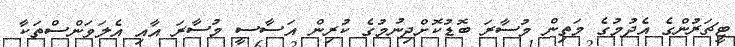
ޓީޗަރުންގެ އެދުމުގެ މަތިން މުސާރަ ބޮޑުކޮށްދިނުމުގެ ކުރިން އަސާސީ މުސާރަ އާއި އެލަވަންސްތަކާ